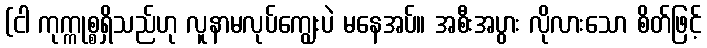
(ငါ ကုက္ကုစ္စရှိသည်ဟု လူနာမလုပ်ကျွေးပဲ မနေအပ်။ အစီးအပွား လိုလားသော စိတ်ဖြင့်